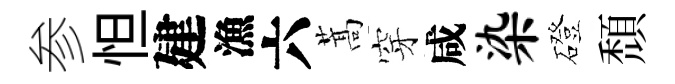
参怛建漁六蒿穿咸染磴頹